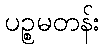
ပဉ္စမတန်း